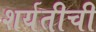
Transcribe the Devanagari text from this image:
शर्यतीची